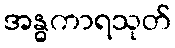
အန္ဓကာရသုတ်